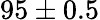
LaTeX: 95\pm 0.5